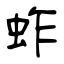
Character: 蚱